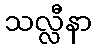
သလ္လီနာ